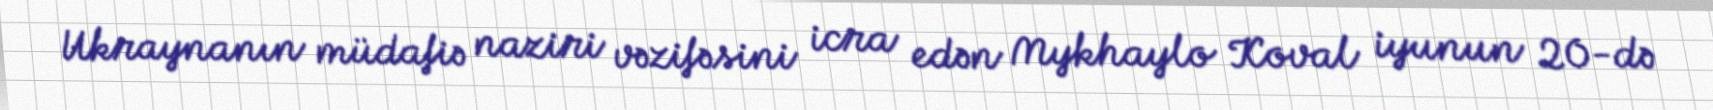
Ukraynanın müdafiə naziri vəzifəsini icra edən Mykhaylo Koval iyunun 20-də